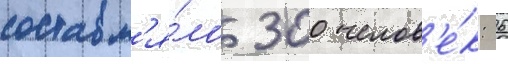
составл'я́ло 300 челов'е́к: 6